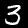
Label: 3